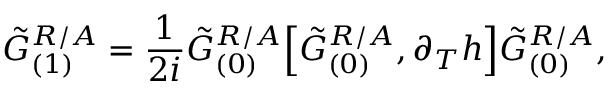
\tilde { G } _ { ( 1 ) } ^ { R / A } = \frac { 1 } { 2 i } \tilde { G } _ { ( 0 ) } ^ { R / A } \Big [ \tilde { G } _ { ( 0 ) } ^ { R / A } , \partial _ { T } h \Big ] \tilde { G } _ { ( 0 ) } ^ { R / A } ,